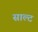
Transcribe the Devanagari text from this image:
साल्‍ट